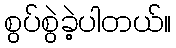
စွပ်စွဲခဲ့ပါတယ်။